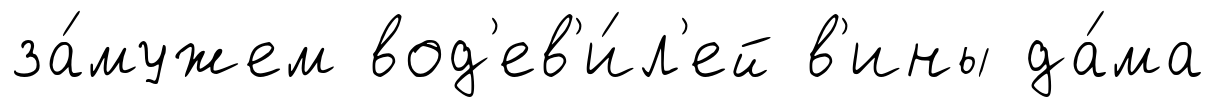
за́мужем вод'ев'и́л'ей в'ины да́ма